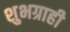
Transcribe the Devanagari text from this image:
शुभग्राही